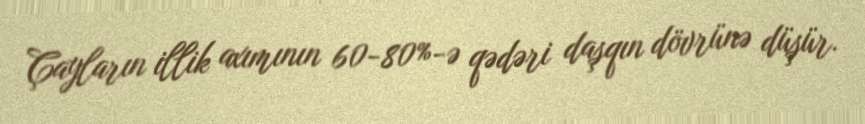
Çayların illik axımının 60-80%-ə qədəri daşqın dövrünə düşür.